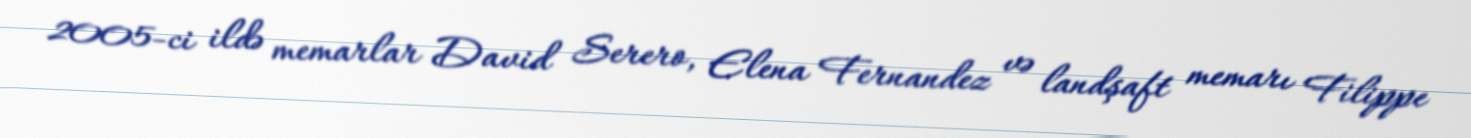
2005-ci ildə memarlar David Serero, Elena Fernandez və landşaft memarı Filippe